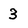
Character: 3